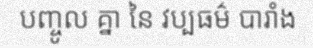
បញ្ចូល គ្នា នៃ វប្បធម៌ បារាំង